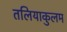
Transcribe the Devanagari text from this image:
तलियाकुलम